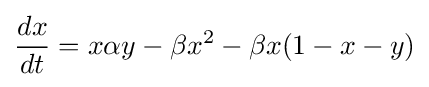
{dx \over dt}=x\alpha y-\beta x^{2}-\beta x(1-x-y)